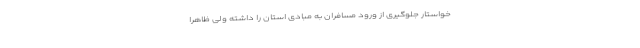
خواستار جلوگیری از ورود مسافران به مبادی استان را داشته ولی ظاهرا